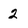
Character: 2